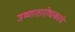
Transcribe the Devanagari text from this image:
उष्णतारोधकाचे